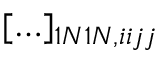
[ \ldots ] _ { 1 N 1 N , i i j j }